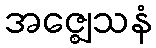
အဇ္ဈေသနံ